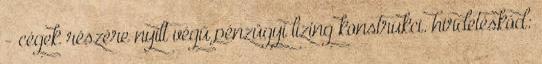
- cégek részére nyílt végű pénzügyi lízing konstrukci. hirdetéskód: